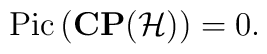
{\rm Pic}\, ({\bf CP}({\cal H}))=0.